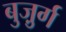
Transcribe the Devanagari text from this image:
बुजु़र्ग